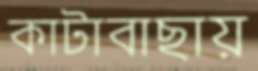
কাটাবাছায়